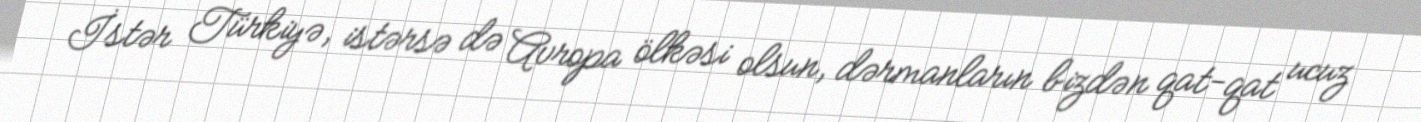
İstər Türkiyə, istərsə də Avropa ölkəsi olsun, dərmanların bizdən qat-qat ucuz